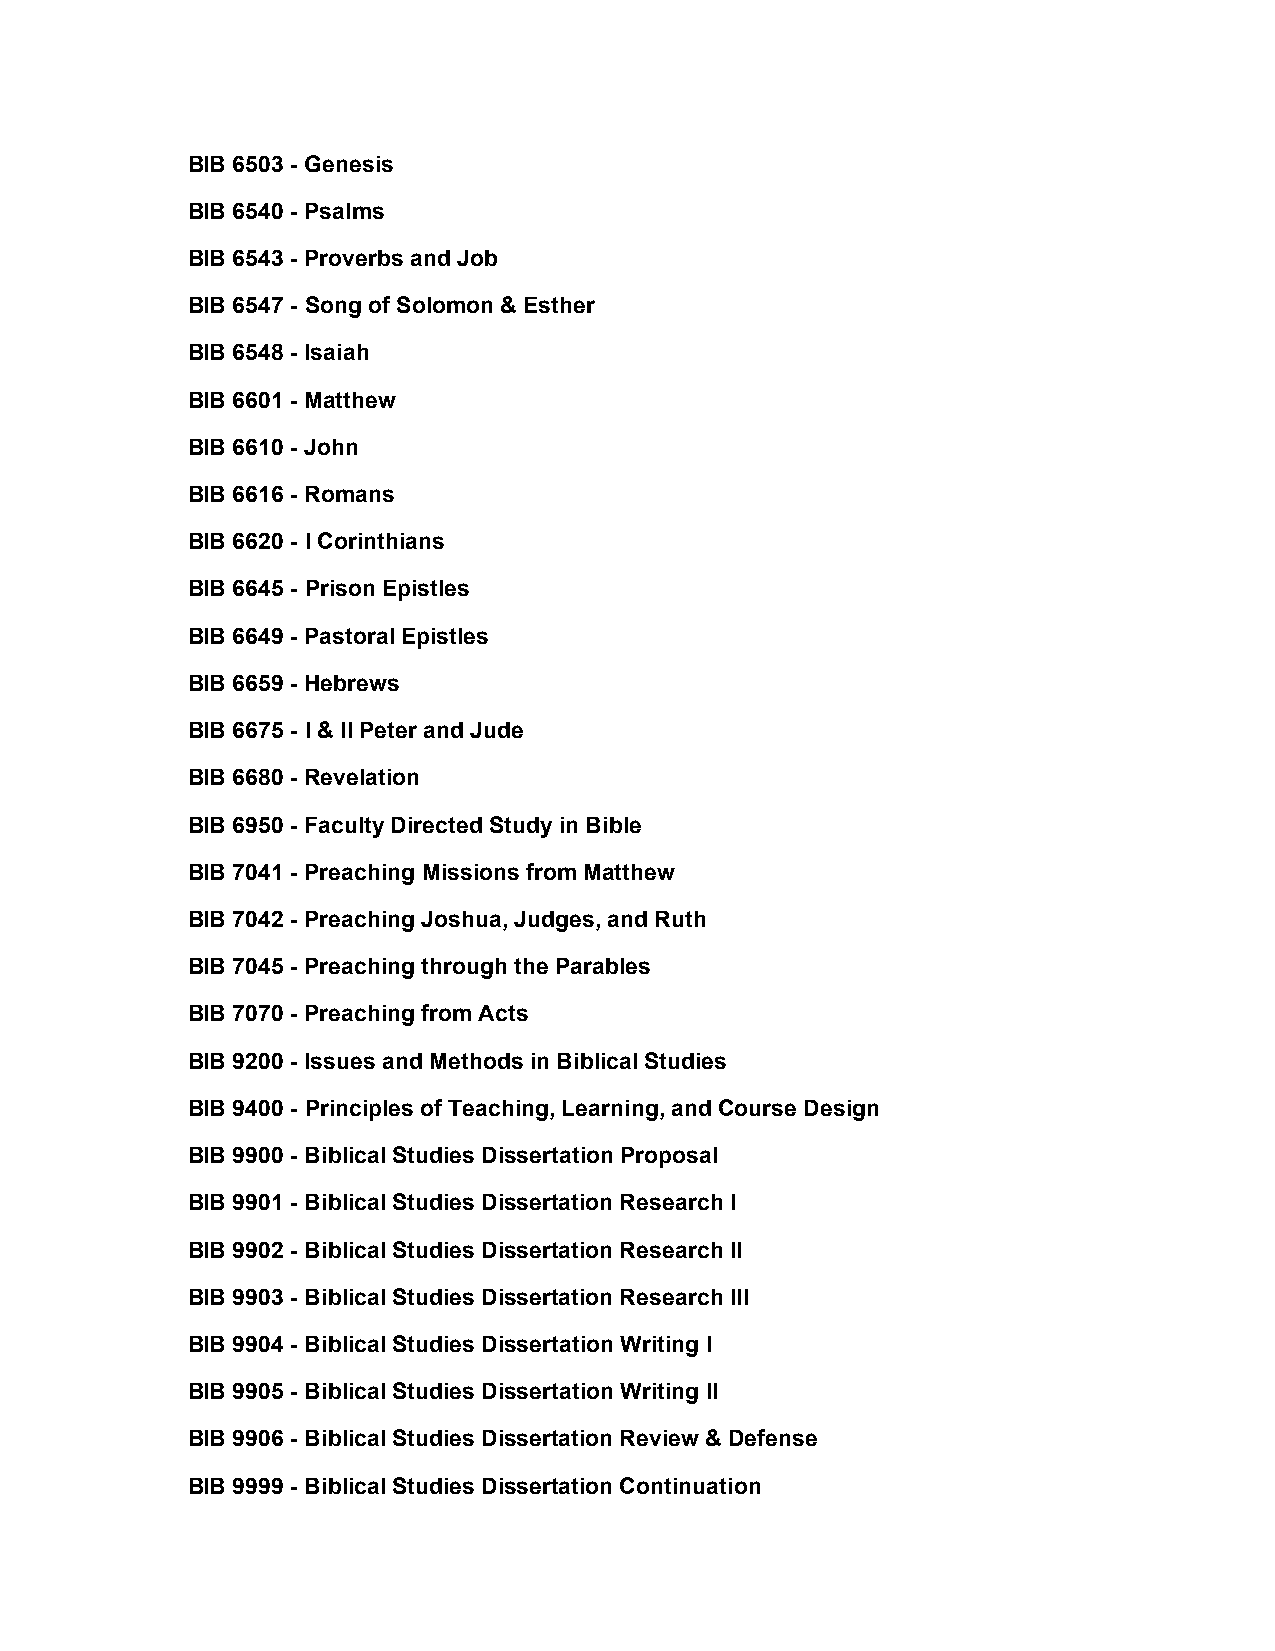
BIB 6503 - Genesis
 BIB 6540 - Psalms
 BIB 6543 - Proverbs and Job
 BIB 6547 - Song of Solomon & Esther
 BIB 6548 - Isaiah
 BIB 6601 - Matthew
 BIB 6610 - John
 BIB 6616 - Romans
 BIB 6620 - I Corinthians
 BIB 6645 - Prison Epistles
 BIB 6649 - Pastoral Epistles
 BIB 6659 - Hebrews
 BIB 6675 - I & II Peter and Jude
 BIB 6680 - Revelation
 BIB 6950 - Faculty Directed Study in Bible
 BIB 7041 - Preaching Missions from Matthew
 BIB 7042 - Preaching Joshua, Judges, and Ruth
 BIB 7045 - Preaching through the Parables
 BIB 7070 - Preaching from Acts
 BIB 9200 - Issues and Methods in Biblical Studies
 BIB 9400 - Principles of Teaching, Learning, and Course Design
 BIB 9900 - Biblical Studies Dissertation Proposal
 BIB 9901 - Biblical Studies Dissertation Research I
 BIB 9902 - Biblical Studies Dissertation Research II
 BIB 9903 - Biblical Studies Dissertation Research III
 BIB 9904 - Biblical Studies Dissertation Writing I
 BIB 9905 - Biblical Studies Dissertation Writing II
 BIB 9906 - Biblical Studies Dissertation Review & Defense
 BIB 9999 - Biblical Studies Dissertation Continuation